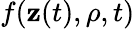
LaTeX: f(\textbf{z}(t),\rho,t)